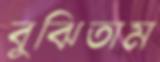
বুঝিতাম